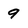
Character: 9